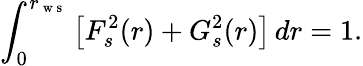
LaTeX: \int_{0}^{r_{\mathrm{~w~s~}}}\left[F_{s}^{2}(r)+G_{s}^{2}(r)\right]\, dr=1.